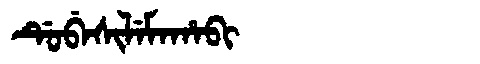
Manchu: ᡩᡠᠪᡝᠰᡳᠯᡝᠮᠠᡥᠠᠪᡳ
Romanization: DUBESILEMAHABI